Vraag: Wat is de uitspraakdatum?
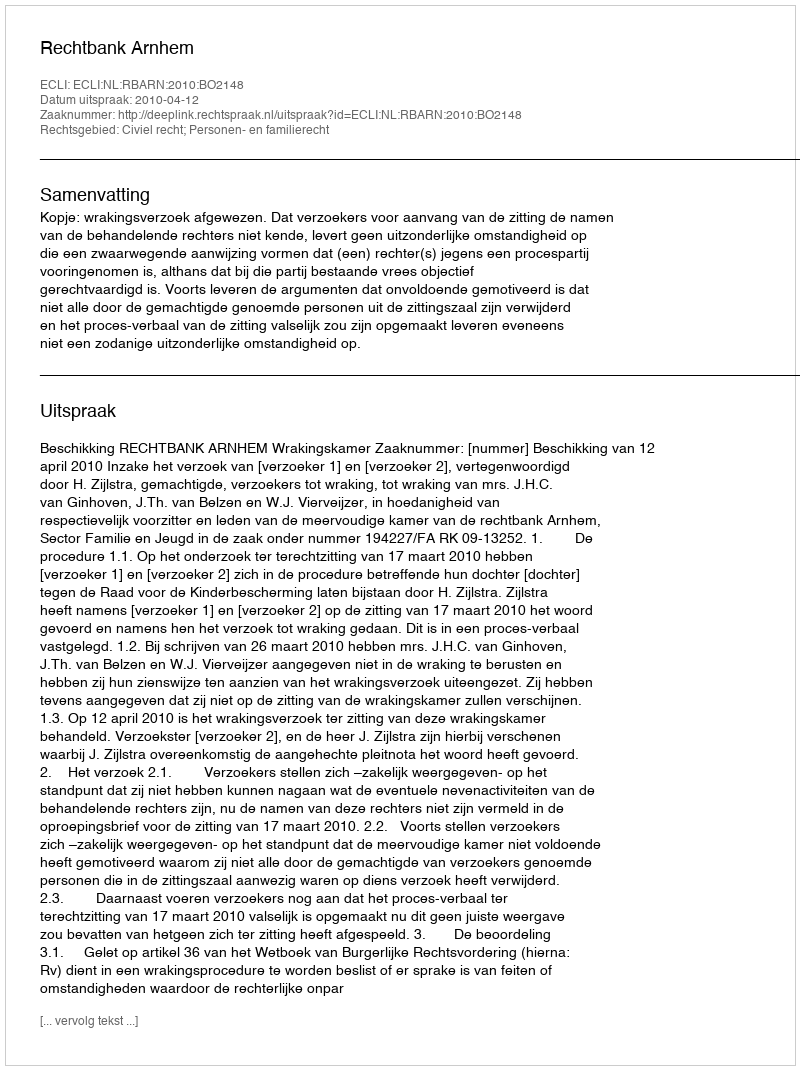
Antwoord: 2010-04-12